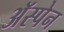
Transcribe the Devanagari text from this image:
अॅस्पेन